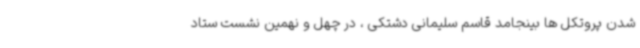
شدن پروتکل ها بینجامد قاسم سلیمانی دشتکی ، در چهل و نهمین نشست ستاد